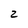
Character: 2